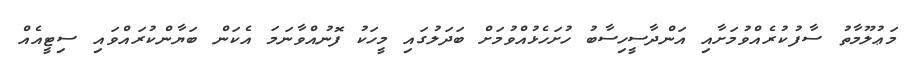
މަޢުލޫމާތު ސާފުކުރެއްވުމަށާއި އަންދާސީހިސާބު ހުށަހެޅުއްވުމަށް ބަދަލުގައި މީހަކު ފޮނުއްވާނަމަ އެކަން ބަޔާންކުރައްވައި ސިޓީއެއް